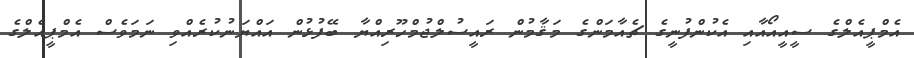
އެމްޕީއެލްގެ ސީއީއޯއާއި އެކުންފުނީގެ ޗެއާމަންގެ މަޤާމުން ރައީސުލްޖުމްހޫރިއްޔާ ބޭފުޅުން އައްޔަނުކުރެއްވި ނަމަވެސް އެމްޕީއެލްގެ